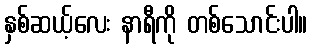
နှစ်ဆယ့်လေး နာရီကို တစ်သောင်းပါ။